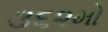
૩૬૨મો